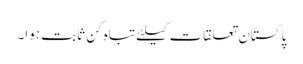
پاکستان تعلقات کیلئے تباہ کن ثابت ہوا۔